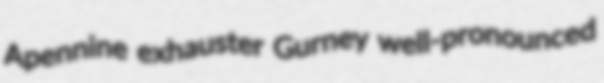
Apennine exhauster Gurney well-pronounced